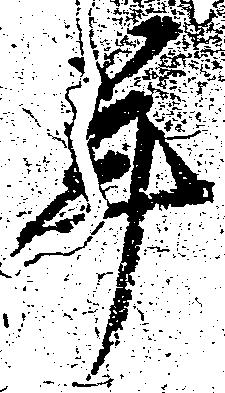
年